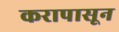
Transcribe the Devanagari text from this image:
करापासून